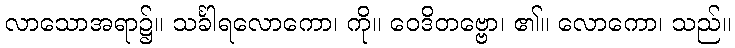
လာသောအရာ၌။ သင်္ခါရလောကော၊ ကို။ ဝေဒိတဗ္ဗော၊ ၏။ လောကော၊ သည်။